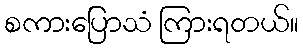
စကားပြောသံ ကြားရတယ်။